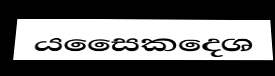
යසෛකදෙශ